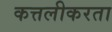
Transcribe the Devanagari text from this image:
कत्तलीकरता